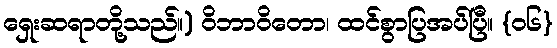
ရှေးဆရာတို့သည်။) ဝိဘာဝိတော၊ ထင်စွာပြအပ်ပြီ။ {၀၆}